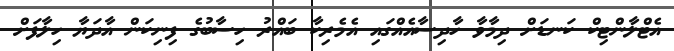
އެޓްލާންޓިކް ކަނޑަށް ދިމާވާ ހާދިސާއެއްގައި އެމެރިކާ ބައްރު ހިސާބުގެ ފިނިކަން އާދަޔާ ހިލާފަށް